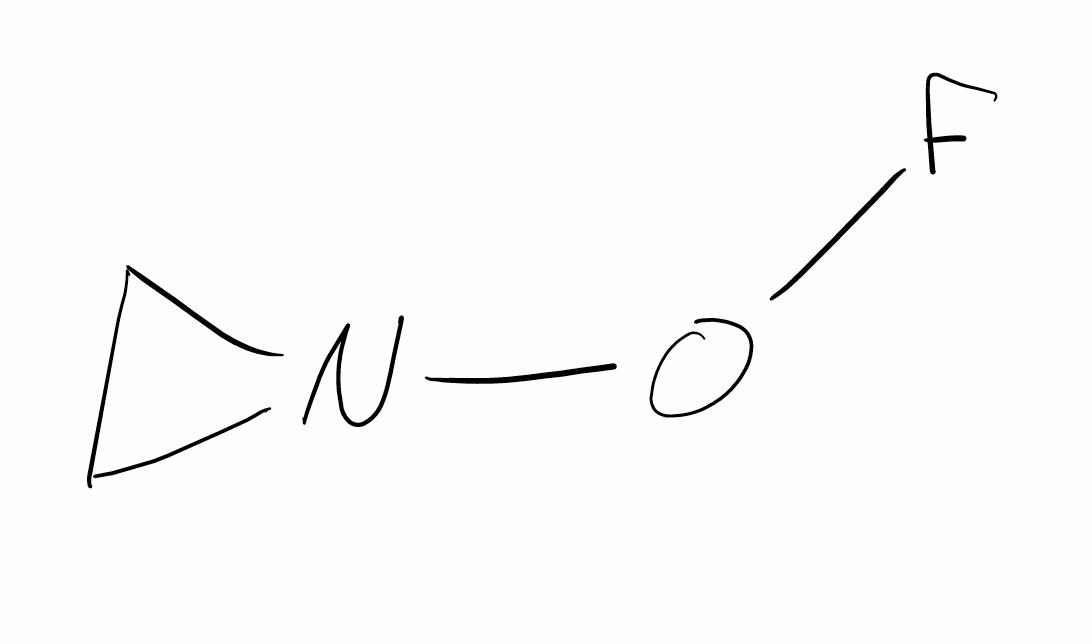
Simplified molecular-input line-entry system (SMILES) notation of the given molecule:
C1CN1OF